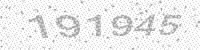
Solution: 191945